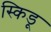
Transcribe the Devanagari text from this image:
स्किडू